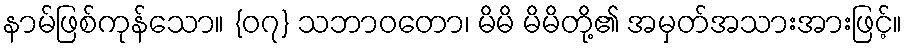
နာမ်ဖြစ်ကုန်သော။ {၀၇} သဘာဝတော၊ မိမိ မိမိတို့၏ အမှတ်အသားအားဖြင့်။